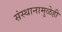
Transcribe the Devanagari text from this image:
संस्थानामुळेही